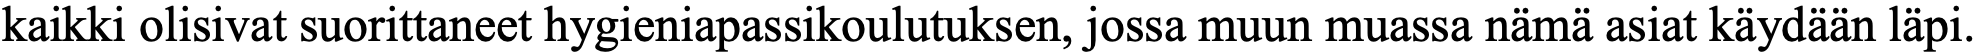
kaikki olisivat suorittaneet hygieniapassikoulutuksen, jossa muun muassa nämä asiat käydään läpi.